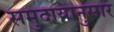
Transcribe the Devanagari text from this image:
समुदायानुसार